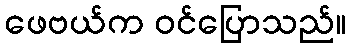
ဖေဗယ်က ဝင်ပြောသည်။